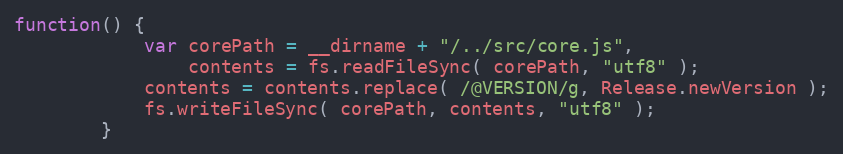
Language: JavaScript
function() {
			var corePath = __dirname + "/../src/core.js",
				contents = fs.readFileSync( corePath, "utf8" );
			contents = contents.replace( /@VERSION/g, Release.newVersion );
			fs.writeFileSync( corePath, contents, "utf8" );
		}